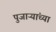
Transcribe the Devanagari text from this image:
पुजाऱ्यांच्या